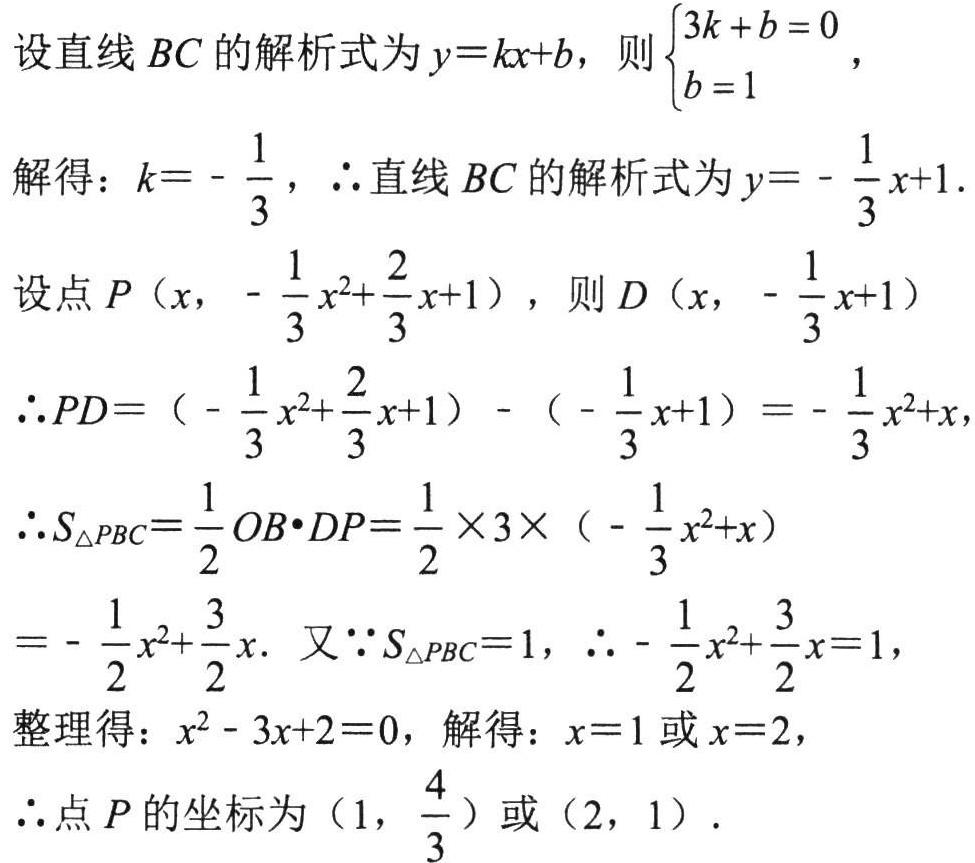
设直线 \(BC\) 的解析式为 \(y = kx + b\)，则\(\begin{cases}3k + b = 0\\b = 1\end{cases}\)，
解得：\(k=-\frac{1}{3}\)，\(\therefore\)直线 \(BC\) 的解析式为 \(y = -\frac{1}{3}x + 1\).
设点 \(P\left(x,-\frac{1}{3}x^{2}+\frac{2}{3}x + 1\right)\)，则 \(D\left(x,-\frac{1}{3}x + 1\right)\)
\(\therefore PD=\left(-\frac{1}{3}x^{2}+\frac{2}{3}x + 1\right)-\left(-\frac{1}{3}x + 1\right)=-\frac{1}{3}x^{2}+x\)，
\(\therefore S_{\triangle PBC}=\frac{1}{2}OB\cdot DP=\frac{1}{2}\times3\times\left(-\frac{1}{3}x^{2}+x\right)\)
\(=-\frac{1}{2}x^{2}+\frac{3}{2}x\). 又\(\because S_{\triangle PBC}=1\)，\(\therefore-\frac{1}{2}x^{2}+\frac{3}{2}x = 1\)，
整理得：\(x^{2}-3x + 2 = 0\)，解得：\(x = 1\)或\(x = 2\)，
\(\therefore\)点 \(P\) 的坐标为\(\left(1,\frac{4}{3}\right)\)或\((2,1)\).